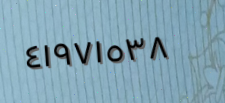
٤١٩٧١٥٣٨